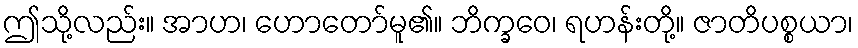
ဤသို့လည်း။ အာဟ၊ ဟောတော်မူ၏။ ဘိက္ခဝေ၊ ရဟန်းတို့။ ဇာတိပစ္စယာ၊